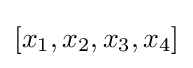
[x_{1},x_{2},x_{3},x_{4}]